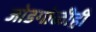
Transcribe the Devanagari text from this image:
जोडगोळीही